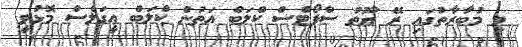
މި މުބާރާތުގައި ރޭ ޔޫތު ސްޕޯޓްސް ކްލަބް އަތުން ކްލަބް އީގަލްސް މޮޅުވީ